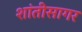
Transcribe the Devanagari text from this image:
शांतीसागर